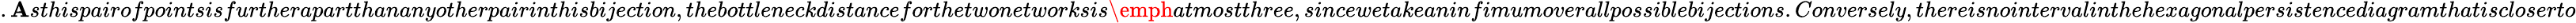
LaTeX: .\mathbf{A}sthispairofpointsisfurtherapartthananyotherpairinthisbijection,thebottleneckdistanceforthetwonetworksis\emph{{atmostthree}},sincewetakeaninfimumoverallpossiblebijections.Conversely,thereisnointervalinthehexagonalpersistencediagramthatiscloserto